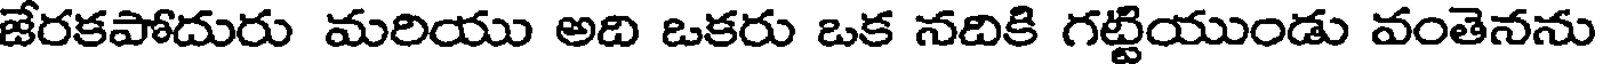
జేరకపోదురు మరియు అది ఒకరు ఒక నదికి గట్టియుండు వంతెనను